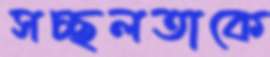
সচ্ছলতাকে